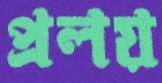
প্রলয়